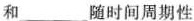
和___随时间周期性